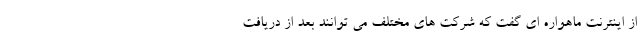
از اینترنت ماهواره ای گفت که شرکت های مختلف می توانند بعد از دریافت